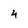
Character: 4